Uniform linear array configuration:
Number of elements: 16
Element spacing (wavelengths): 1
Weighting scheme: kaiser
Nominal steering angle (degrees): -60
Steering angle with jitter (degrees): -58.864
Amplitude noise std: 0.05
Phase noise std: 0.05

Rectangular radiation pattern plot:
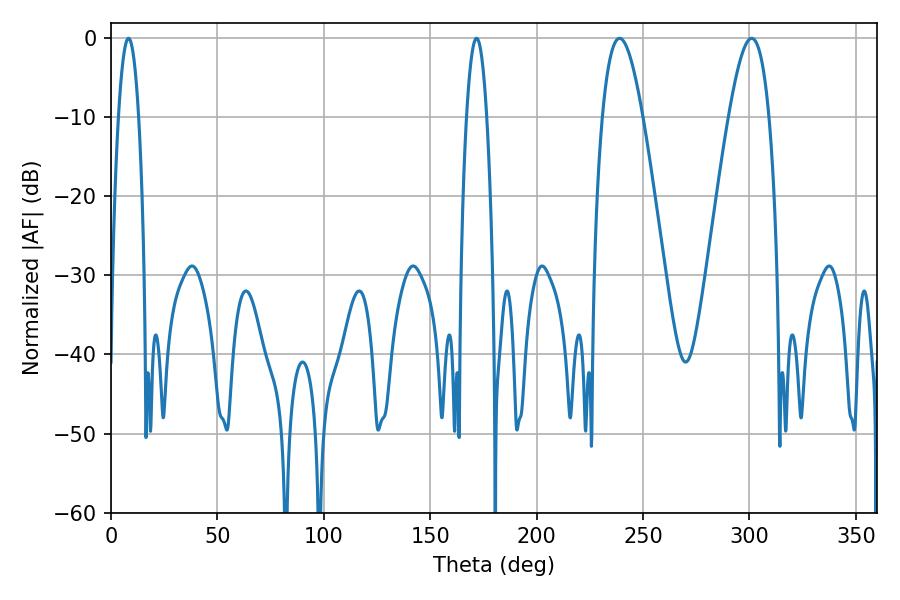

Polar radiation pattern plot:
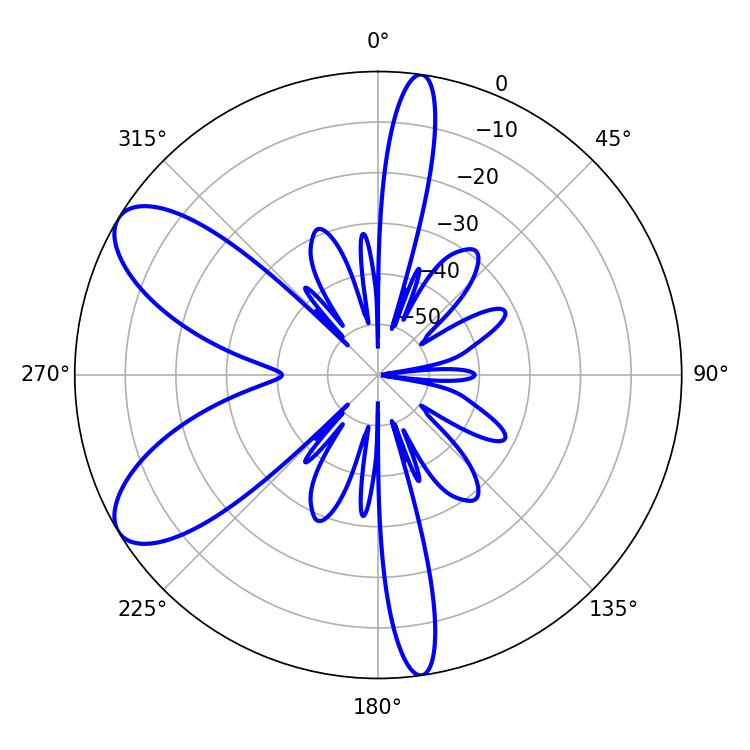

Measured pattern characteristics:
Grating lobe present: TRUE
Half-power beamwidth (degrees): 10.44
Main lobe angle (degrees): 239.04